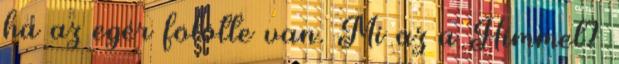
ha az egér fölötte van. Mi az a Himmel?